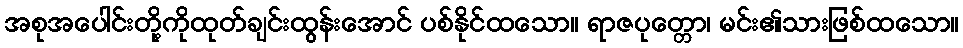
အစုအပေါင်းတို့ကိုထုတ်ချင်းထွန်းအောင် ပစ်နိုင်ထသော။ ရာဇပုတ္တော၊ မင်း၏သားဖြစ်ထသော။